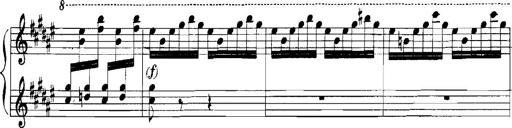
Title: Rhapsodies hongroises
Composer: Franz Liszt